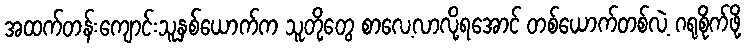
အထက်တန်းကျောင်းသူနှစ်ယောက်က သူတို့တွေ စာလေ့လာလို့ရအောင် တစ်ယောက်တစ်လဲ့ ဂရုစိုက်ဖို့